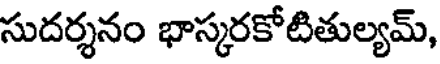
సుదర్శనం భాస్కరకోటితుల్యమ్,